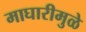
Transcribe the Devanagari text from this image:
माघारीमुळे